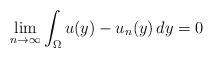
LaTeX: \begin{align*}\lim_{n\to \infty}\int_\Omega u(y)-u_n(y)\,dy=0\end{align*}